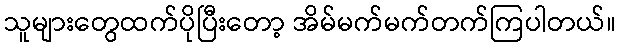
သူများတွေထက်ပိုပြီးတော့ အိမ်မက်မက်တက်ကြပါတယ်။